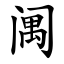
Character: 䦸